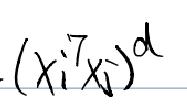
\((x_i^7x_j)^d\)